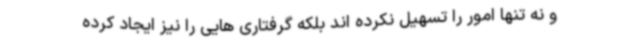
و نه تنها امور را تسهیل نکرده اند بلکه گرفتاری هایی را نیز ایجاد کرده